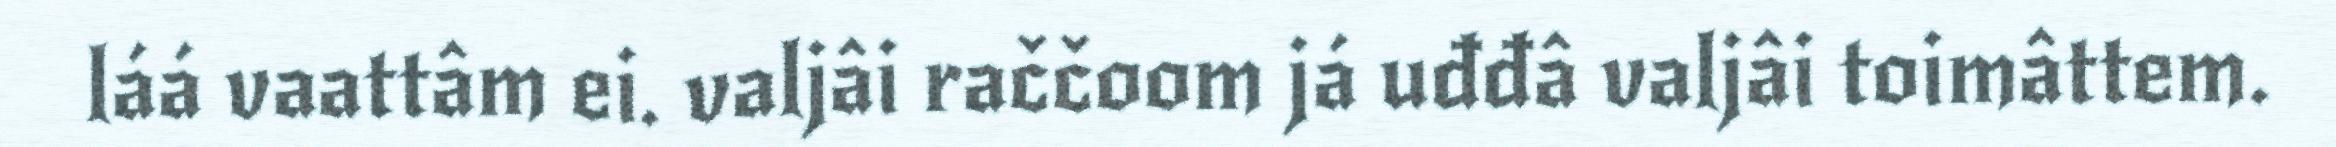
láá vaattâm ei. valjâi raččoom já uđđâ valjâi toimâttem.